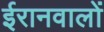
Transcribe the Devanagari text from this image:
ईरानवालों